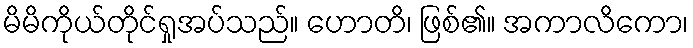
မိမိကိုယ်တိုင်ရှုအပ်သည်။ ဟောတိ၊ ဖြစ်၏။ အကာလိကော၊